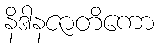
နိဒါနဇာတိကော